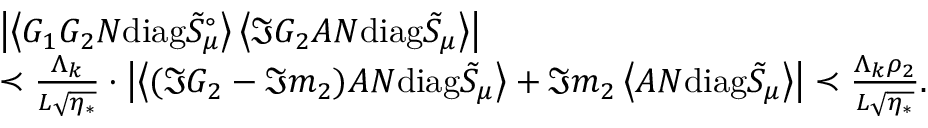
\begin{array} { r l } & { \left| \left\langle { G _ { 1 } G _ { 2 } N \mathrm { d i a g } \tilde { S } _ { \mu } ^ { \circ } } \right\rangle \left\langle { \Im G _ { 2 } A N \mathrm { d i a g } \tilde { S } _ { \mu } } \right\rangle \right| } \\ & { \prec \frac { \Lambda _ { k } } { L \sqrt { \eta _ { * } } } \cdot \left| \left\langle { ( \Im G _ { 2 } - \Im m _ { 2 } ) A N \mathrm { d i a g } \tilde { S } _ { \mu } } \right\rangle + \Im m _ { 2 } \left\langle { A N \mathrm { d i a g } \tilde { S } _ { \mu } } \right\rangle \right| \prec \frac { \Lambda _ { k } \rho _ { 2 } } { L \sqrt { \eta _ { * } } } . } \end{array}